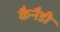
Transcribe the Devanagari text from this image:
कैनैडी